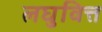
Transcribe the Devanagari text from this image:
लघुवित्त